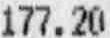
177.20